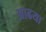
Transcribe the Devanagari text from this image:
आढया